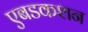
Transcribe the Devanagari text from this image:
एबडकशन